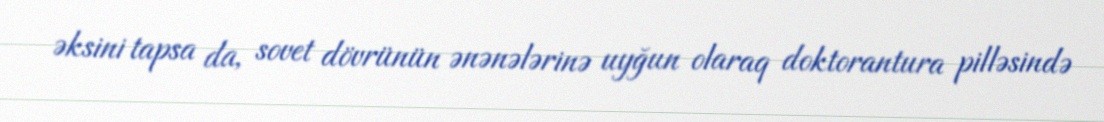
əksini tapsa da, sovet dövrünün ənənələrinə uyğun olaraq doktorantura pilləsində